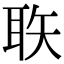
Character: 聅